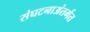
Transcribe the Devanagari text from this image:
संघटनाअंतर्गत